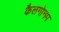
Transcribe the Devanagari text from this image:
कैलगोनम